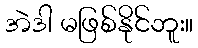
အဲဒါ မဖြစ်နိုင်ဘူး။